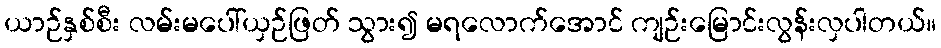
ယာဉ်နှစ်စီး လမ်းမပေါ်ယှဉ်ဖြတ် သွား၍ မရလောက်အောင် ကျဉ်းမြောင်းလွန်းလှပါတယ်။